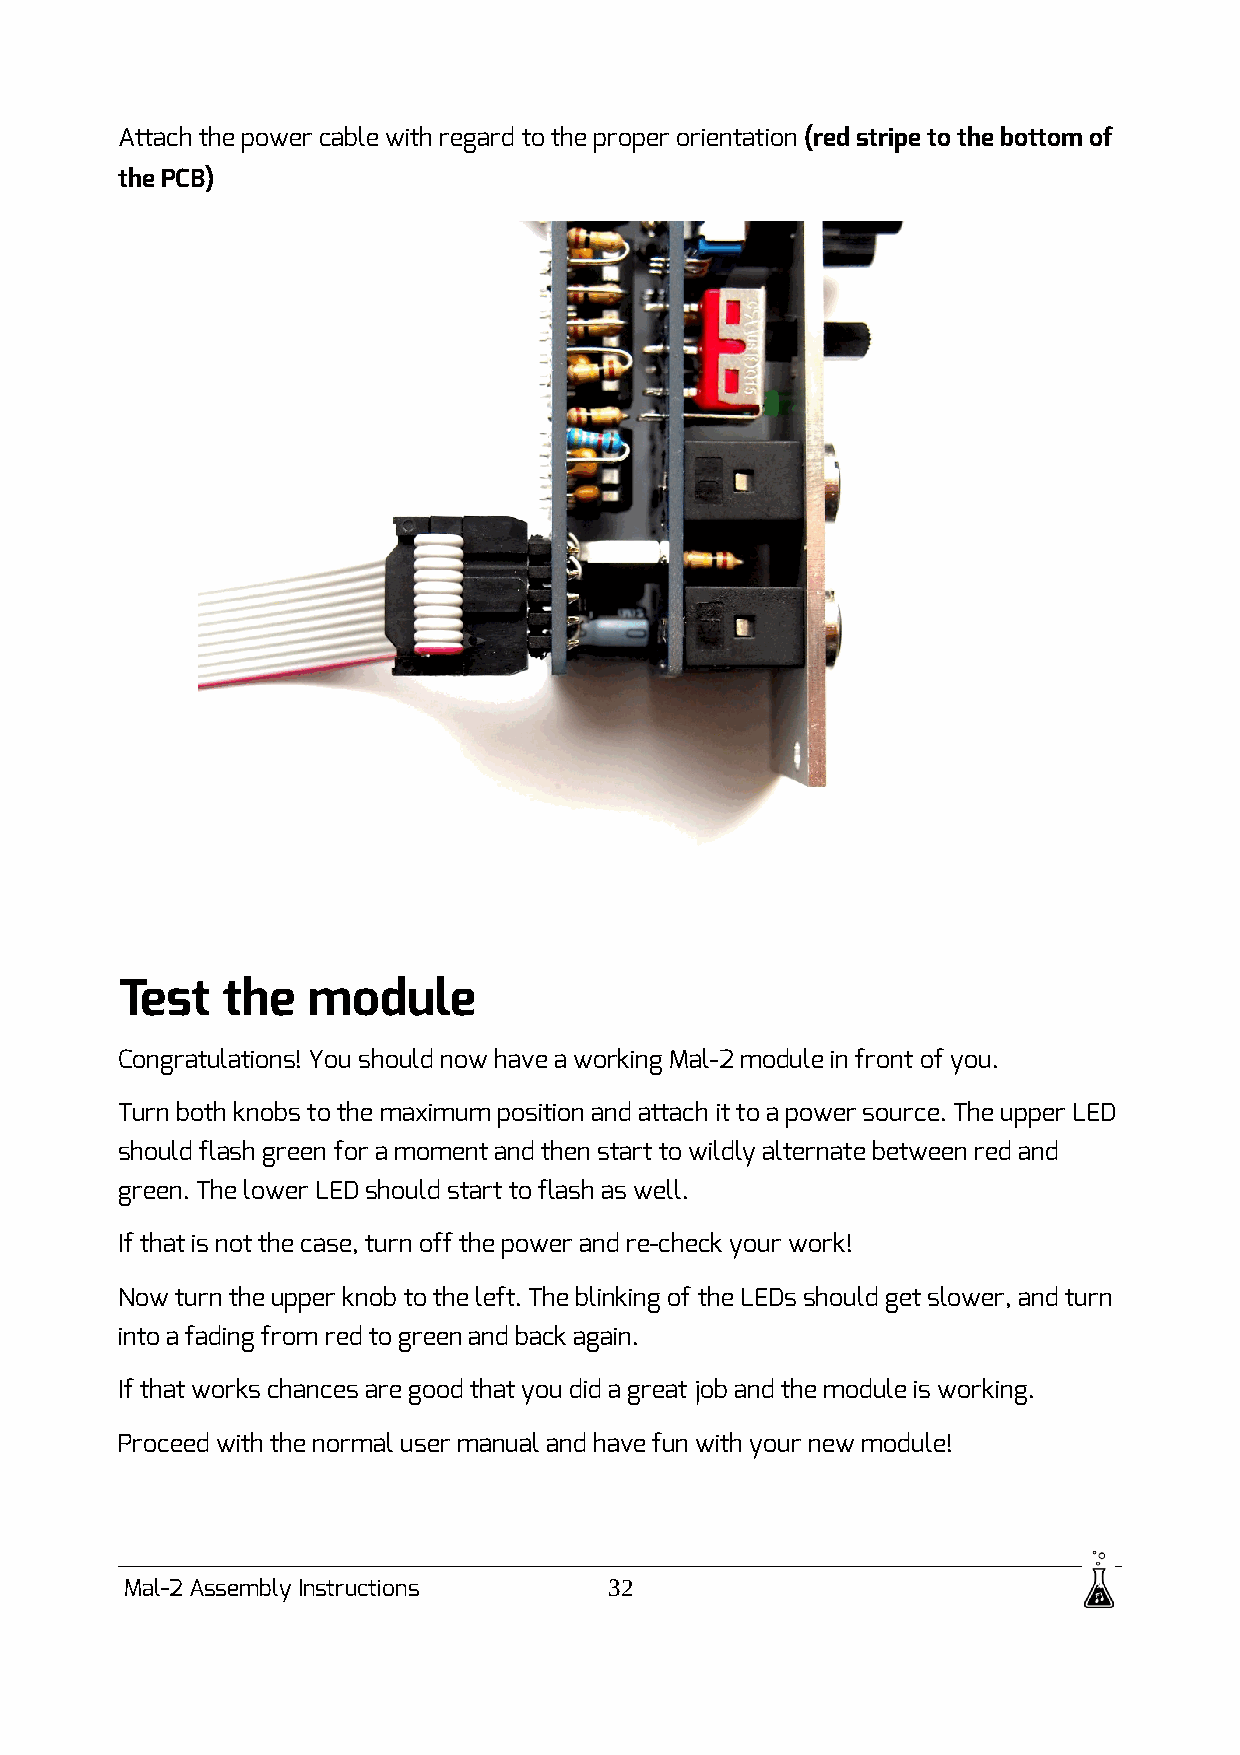
Attach the power cable with regard to the proper orientation (red stripe to the bottom of
 the PCB)
 Test   the  module
 Congratulations! You should now have a working Mal-2 module in front of you.
 Turn both knobs to the maximum position and attach it to a power source. The upper LED
 should flash green for a moment and then start to wildly alternate between red and
 green. The lower LED should start to flash as well.
 If that is not the case, turn off the power and re-check your work!
 Now turn the upper knob to the left. The blinking of the LEDs should get slower, and turn
 into a fading from red to green and back again.
 If that works chances are good that you did a great job and the module is working.
 Proceed with the normal user manual and have fun with your new module!
 Mal-2 Assembly Instructions     32